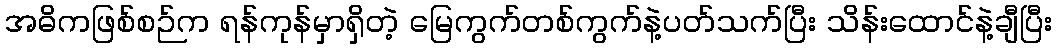
အဓိကဖြစ်စဉ်က ရန်ကုန်မှာရှိတဲ့ မြေကွက်တစ်ကွက်နဲ့ပတ်သက်ပြီး သိန်းထောင်နဲ့ချီပြီး